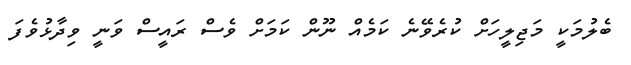
ބެލުމަކީ މަޖިލީހަށް ކުރެވޭނެ ކަމެއް ނޫން ކަމަށް ވެސް ރައީސް ވަނީ ވިދާޅުވެފަ